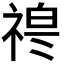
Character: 𱵘